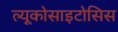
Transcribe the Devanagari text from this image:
ल्यूकोसाइटोसिस